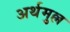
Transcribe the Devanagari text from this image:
अर्थमुल्ल